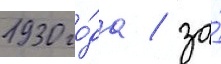
1930 го́да / за́